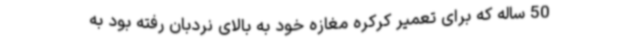
50 ساله که برای تعمیر کرکره مغازه خود به بالای نردبان رفته بود به